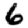
Digit: 6